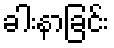
ခါးနာခြင်း